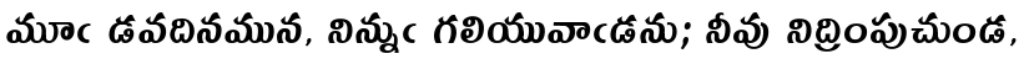
మూఁ డవదినమున, నిన్నుఁ గలియువాఁడను; నీవు నిద్రింపుచుండ,